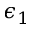
\epsilon _ { 1 }